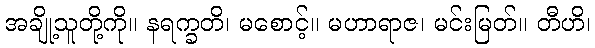
အချို့သူတို့ကို။ နရက္ခတိ၊ မစောင့်။ မဟာရာဇ၊ မင်းမြတ်။ တီဟိ၊